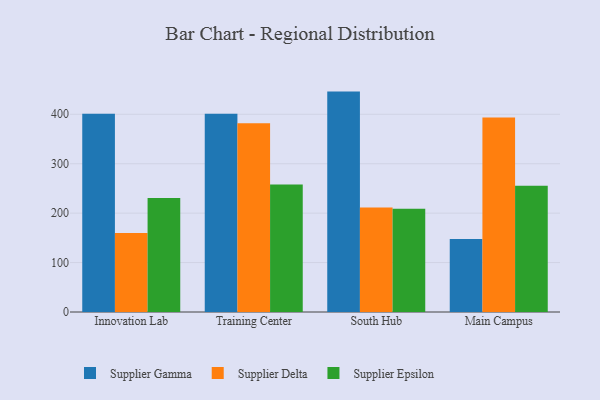
{"axis": {"x": "Campus", "y": "Net Income (USD K)"}, "legend": ["Supplier Delta", "Supplier Epsilon", "Supplier Gamma"], "data": [{"x": "Innovation Lab", "y": 401.3, "type": "Supplier Gamma"}, {"x": "Innovation Lab", "y": 159.8, "type": "Supplier Delta"}, {"x": "Innovation Lab", "y": 230.5, "type": "Supplier Epsilon"}, {"x": "Training Center", "y": 400.9, "type": "Supplier Gamma"}, {"x": "Training Center", "y": 381.8, "type": "Supplier Delta"}, {"x": "Training Center", "y": 257.9, "type": "Supplier Epsilon"}, {"x": "South Hub", "y": 445.9, "type": "Supplier Gamma"}, {"x": "South Hub", "y": 211.3, "type": "Supplier Delta"}, {"x": "South Hub", "y": 208.9, "type": "Supplier Epsilon"}, {"x": "Main Campus", "y": 147.7, "type": "Supplier Gamma"}, {"x": "Main Campus", "y": 393.3, "type": "Supplier Delta"}, {"x": "Main Campus", "y": 255.3, "type": "Supplier Epsilon"}]}